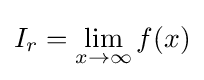
I_{r}=\lim _{x\rightarrow \infty }f(x)